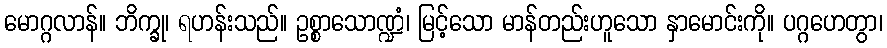
မောဂ္ဂလာန်။ ဘိက္ခု၊ ရဟန်းသည်။ ဥစ္စာသောဏ္ဍံ၊ မြင့်သော မာန်တည်းဟူသော နှာမောင်းကို။ ပဂ္ဂဟေတွာ၊